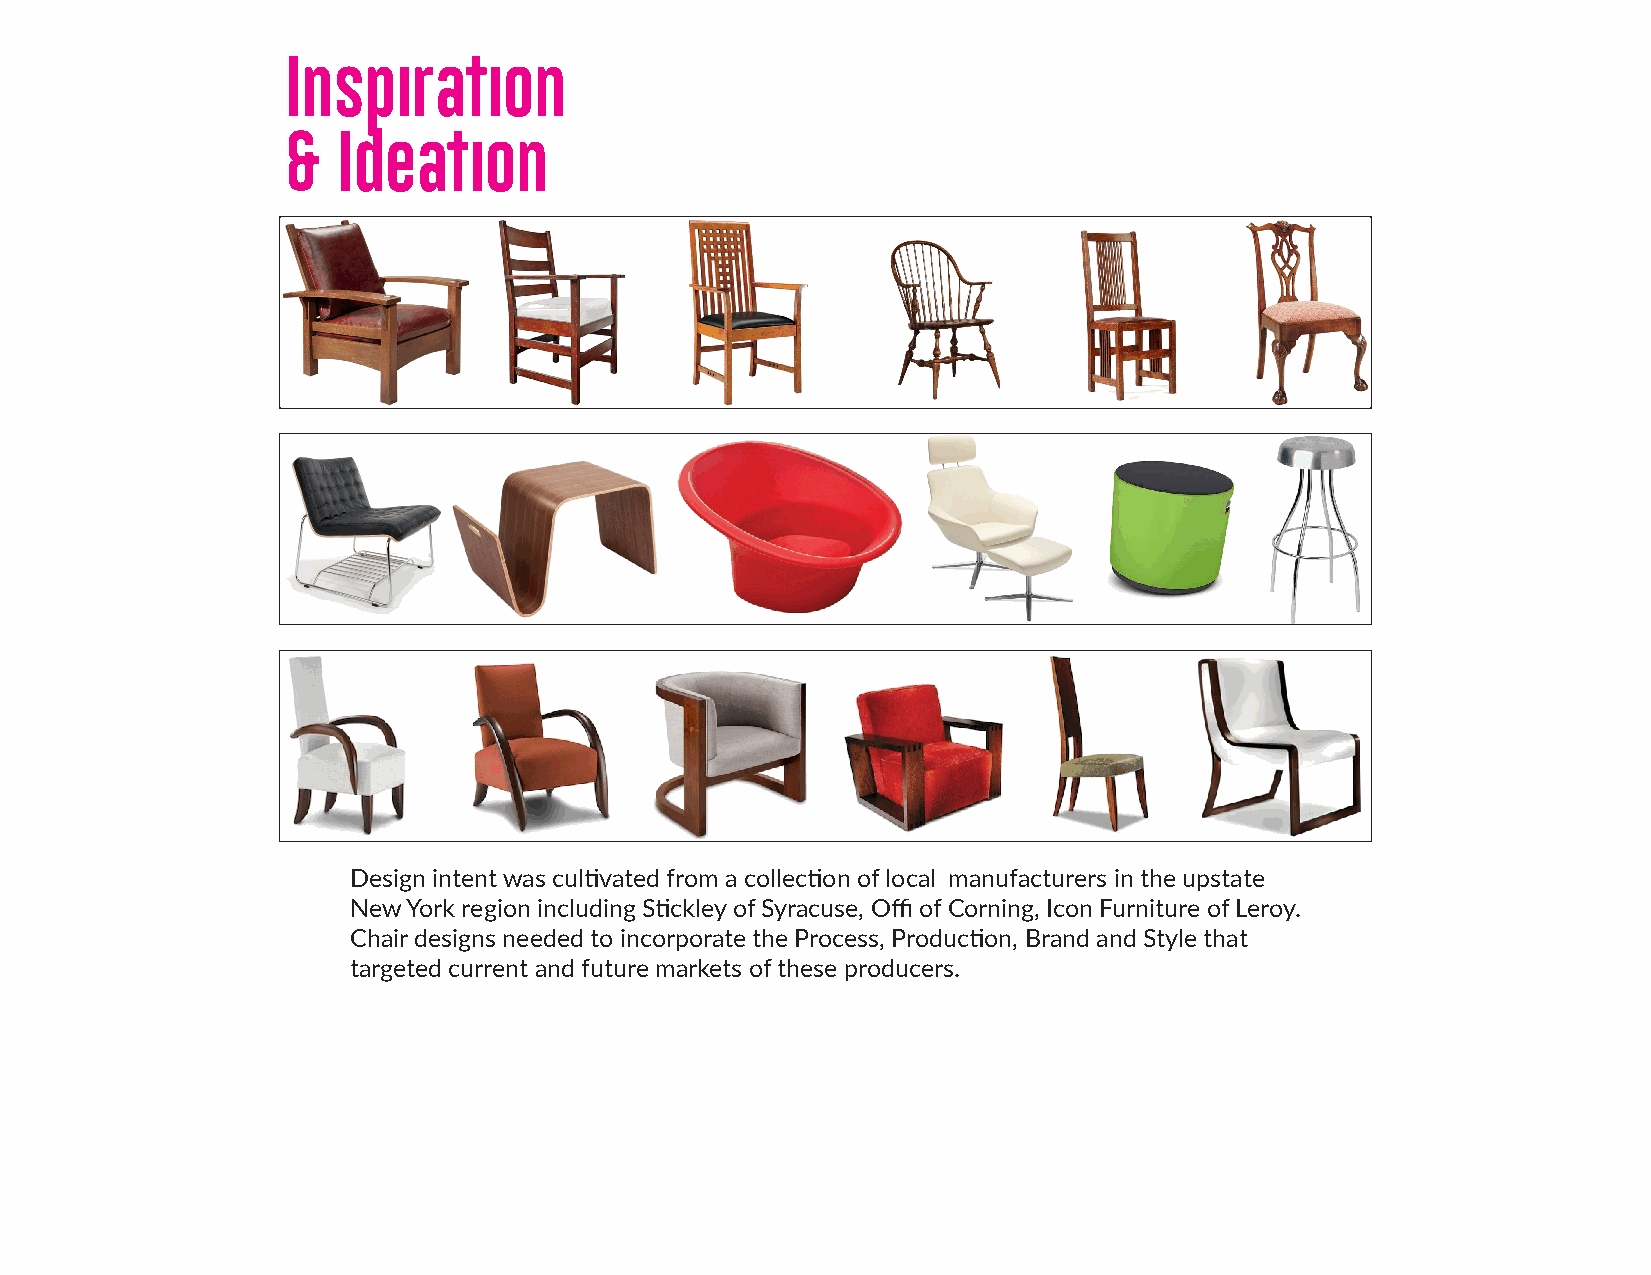
Inspiration
 &  Ideation
 Design intent was cultivated from a collection of local manufacturers in the upstate
 New York region including Stickley of Syracuse, Offi of Corning, Icon Furniture of Leroy.
 Chair designs needed to incorporate the Process, Production, Brand and Style that
 targeted current and future markets of these producers.